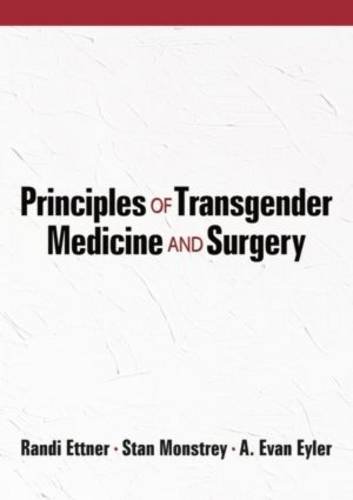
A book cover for Principles of Transgender Medicine and Surgery (Human Sexuality); Gay & Lesbian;